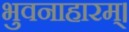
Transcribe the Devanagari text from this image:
भुवनाहारम्‌।